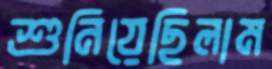
শুনিয়েছিলাম